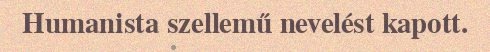
Humanista szellemű nevelést kapott.